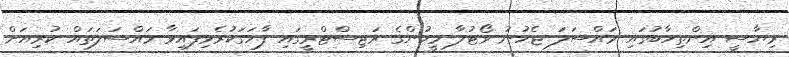
ރިޔާސީ އިންތިހާބުގައި މައްސަލަ ޖެހުނު ވޯޓުލާ މީހުންގެ ރަޖިސްޓްރީގައި ފާހަގަކުރެވިފައިވާ މައްސަލަތައް ކުރިއަށް